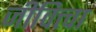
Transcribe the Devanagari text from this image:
जीवित्त्वा